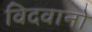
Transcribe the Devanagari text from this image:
विदवानो